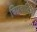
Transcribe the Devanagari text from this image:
विप्रवादिता